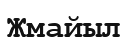
Жмайыл